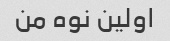
اولین نوه من